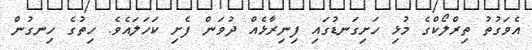
އެވަގުތު ތިރްލޯކްގެ މުޅި ހަށިގަނޑުގައި ފިނިރާޅެއް ދުވަން ފެށި ކަހަލައެވެ. ހިތުގެ ހިނގުން